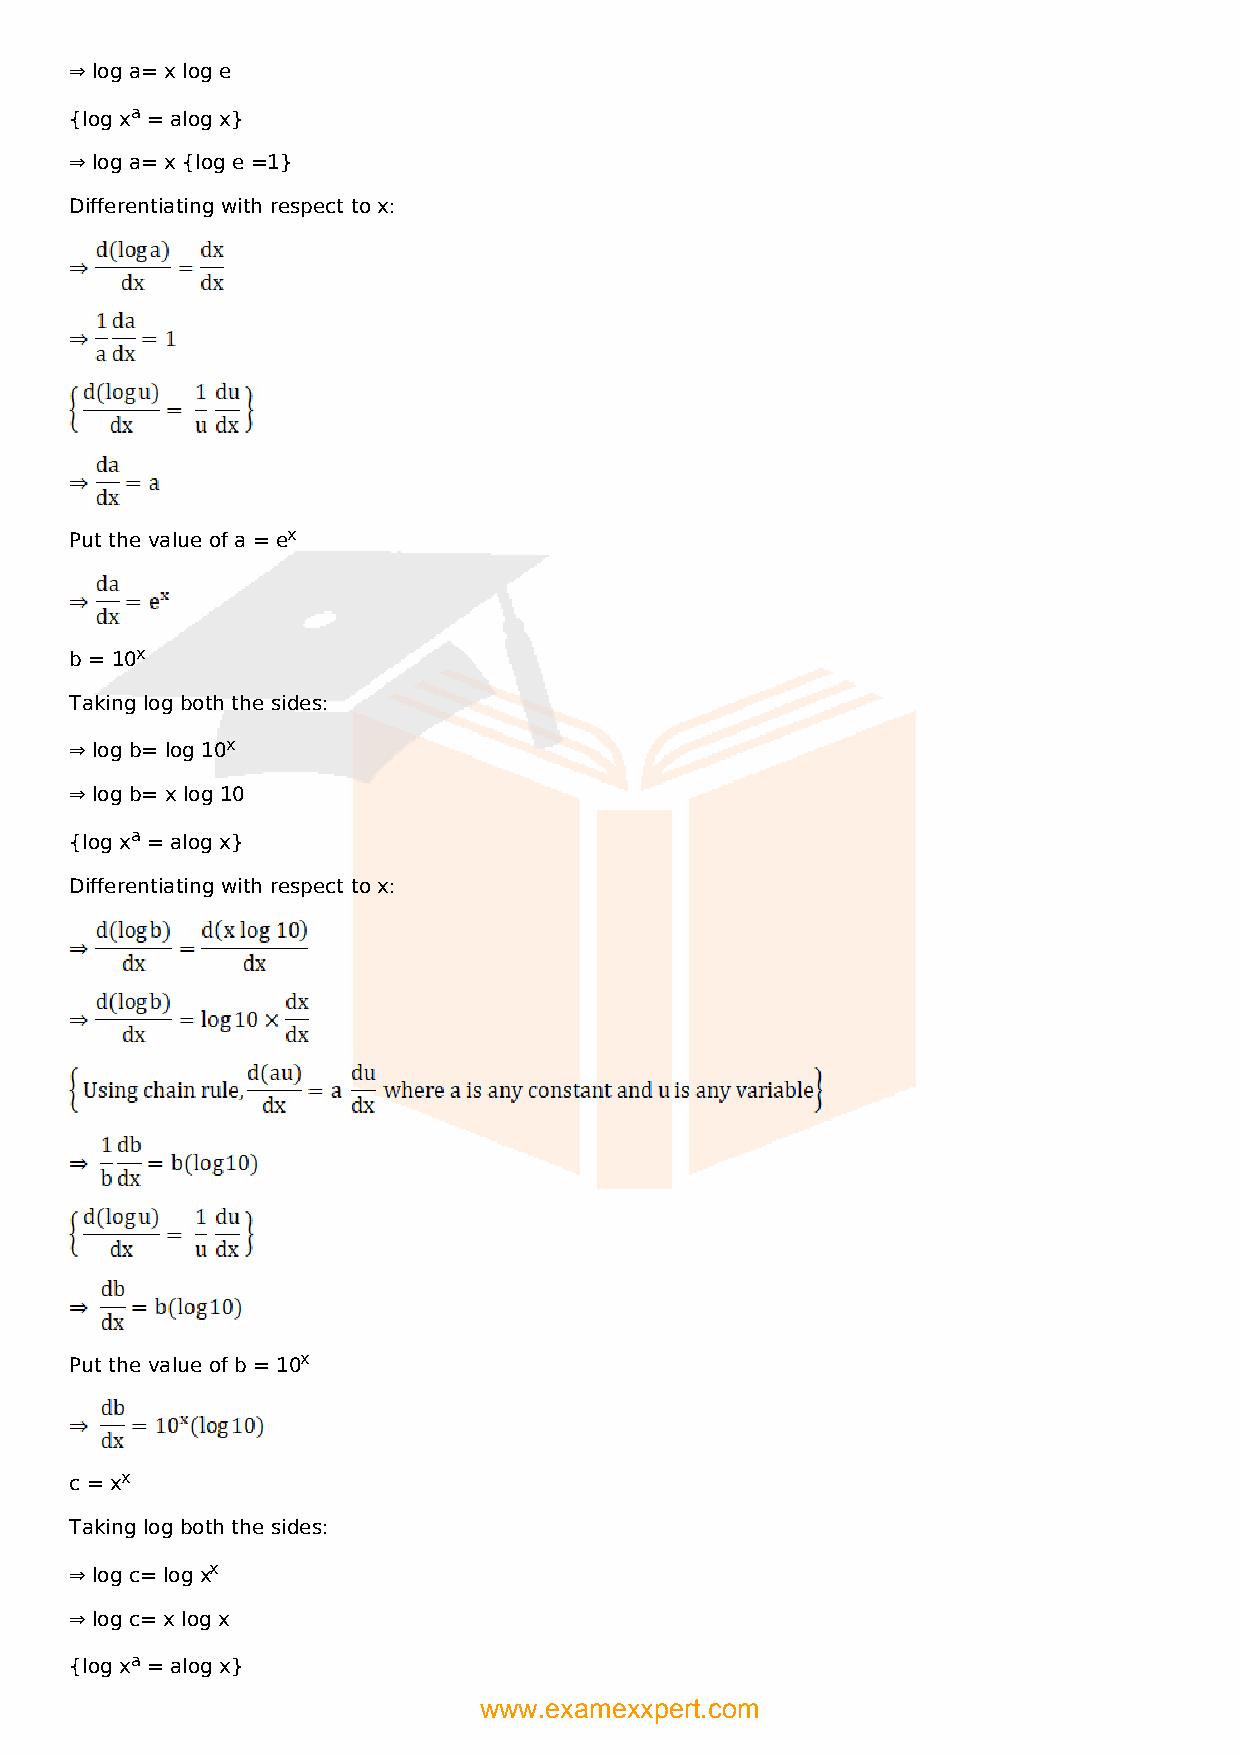
⇒ log a= x log e
 {log xa = alog x}
 ⇒ log a= x {log e =1}
 Differentiating with respect to x:
 Put the value of a = ex
 b = 10x
 Taking log both the sides:
 ⇒ log b= log 10x
 ⇒ log b= x log 10
 {log xa = alog x}
 Differentiating with respect to x:
 Put the value of b = 10x
 c = xx
 Taking log both the sides:
 ⇒ log c= log xx
 ⇒ log c= x log x
 {log xa = alog x}
 www.examexxpert.com